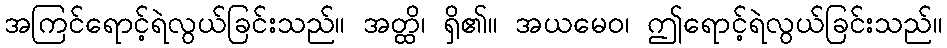
အကြင်ရောင့်ရဲလွယ်ခြင်းသည်။ အတ္ထိ၊ ရှိ၏။ အယမေဝ၊ ဤရောင့်ရဲလွယ်ခြင်းသည်။